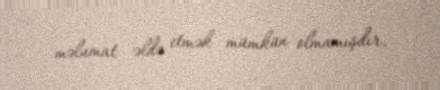
məlumat əldə etmək mümkün olmamışdır.